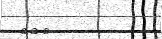
١٣٣